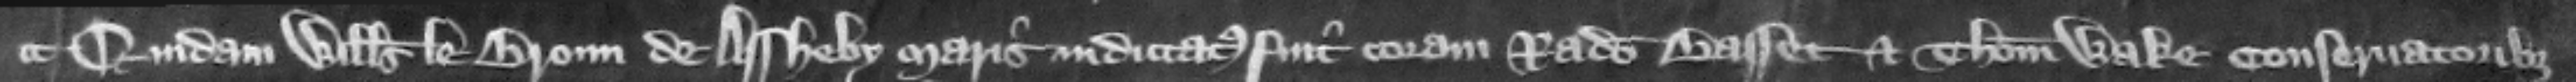
Quidam Willelmus le Broun de Assheby Maris indictatus fuit coram Radulfo Bassetet Thoma. Wake conseruatoribus